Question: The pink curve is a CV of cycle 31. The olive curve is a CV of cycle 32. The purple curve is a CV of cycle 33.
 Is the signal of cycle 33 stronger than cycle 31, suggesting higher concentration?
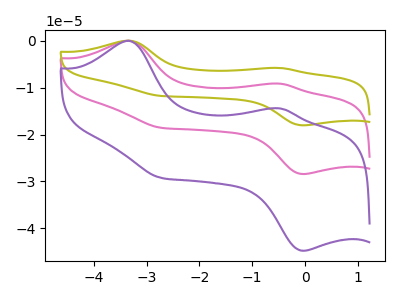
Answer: <think>The pink curve "cycle 31" has anodic peaks at (-3.35V, -0.05uA) (-0.45V, -9.20uA) and cathodic peaks at (-0.05V, -28.40uA) (-2.75V, -18.55uA). The olive curve "cycle 32" has anodic peaks at (-3.35V, -0.10uA) (-0.45V, -18.35uA) and cathodic peaks at (-0.05V, -56.85uA) (-2.75V, -37.10uA). The purple curve "cycle 33" has anodic peaks at (-3.35V, -0.05uA) (-0.45V, -14.45uA) and cathodic peaks at (-0.05V, -44.75uA) (-2.75V, -29.20uA).
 All the peaks in "cycle 33" have a peak in "cycle 31" at the same potential.</think>
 <answer>I cant tell if "cycle 33" or "cycle 31" has higher concentration.</answer>
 <eval>mixed_concentration</eval>